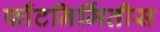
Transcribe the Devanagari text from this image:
फाँटनिर्मितीस